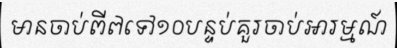
មានចាប់ពី៧ទៅ១០បន្ទប់គួរចាប់អារម្មណ៍